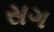
સગ